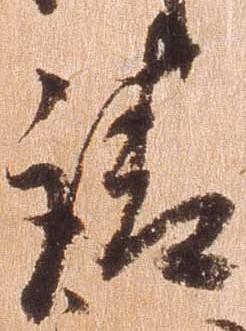
請